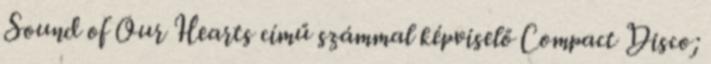
Sound of Our Hearts című számmal képviselő Compact Disco;